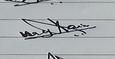
Signature authenticity: genuine